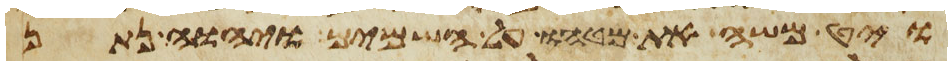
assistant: ויט משה את מטהו על השמים ויהוה נתן